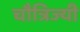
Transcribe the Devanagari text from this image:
चौत्रिज्यी